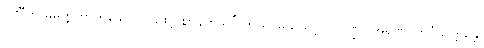
ပဏီတာဓိမုတ္တတာဟူသော ပါဌ်ဖြင့် ဈာန်ကိုသင်္ဂြိုဟ် ၍ မယူသင့်။ ။ ဂဏ္ဌိ) အရဏဝိဘင်္ဂသုတ္တန္တေ၊